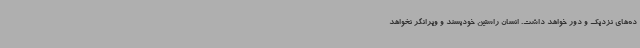
ده‌های نزدیک و دور خواهد داشت. انسان راستین خودپسند و ویرانگر نخواهد